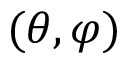
( \theta , \varphi )